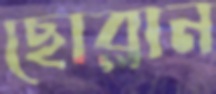
ছোব্‌লান